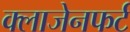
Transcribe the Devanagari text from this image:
क्लाजेनफर्ट